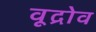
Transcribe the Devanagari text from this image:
वूद्रोव